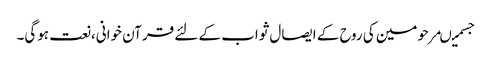
جسمیںمرحومین کی روح کے ایصال ثواب کے لئے قرآن خوانی،نعت ہوگی۔